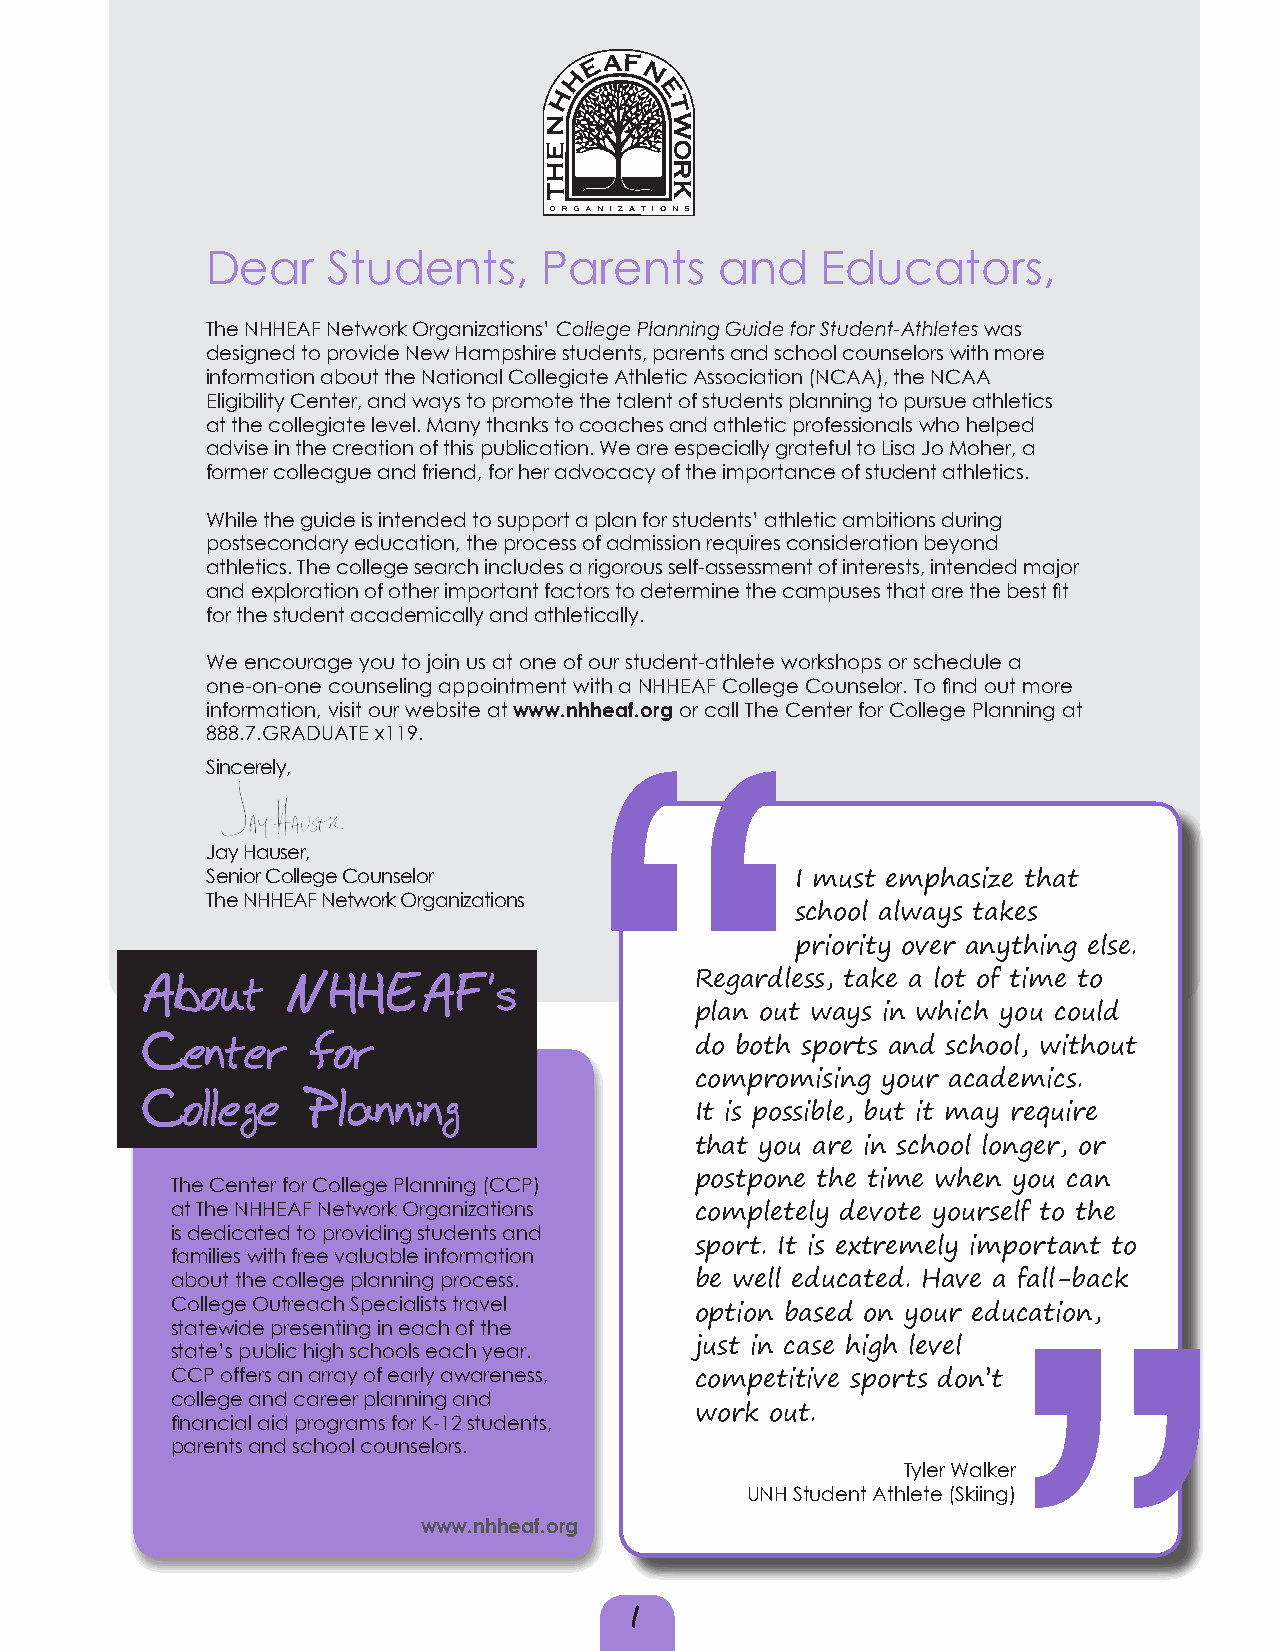
Dear    Students,     Parents    and    Educators,
 The NHHEAF Network Organizations’ College Planning Guide for Student-Athletes was
 designed to provide New Hampshire students, parents and school counselors with more
 information about the National Collegiate Athletic Association (NCAA), the NCAA
 Eligibility Center, and ways to promote the talent of students planning to pursue athletics
 at the collegiate level. Many thanks to coaches and athletic professionals who helped
 advise in the creation of this publication. We are especially grateful to Lisa Jo Moher, a
 former colleague and friend, for her advocacy of the importance of student athletics.
 While the guide is intended to support a plan for students’ athletic ambitions during
 postsecondary education, the process of admission requires consideration beyond
 athletics. The college search includes a rigorous self-assessment of interests, intended major
 and exploration of other important factors to determine the campuses that are the best fit
 for the student academically and athletically.
 We encourage you to join us at one of our student-athlete workshops or schedule a
 one-on-one counseling appointment with a NHHEAF College Counselor. To find out more
 information, visit our website at www.nhheaf.org or call The Center for College Planning at
 888.7.GRADUATE x119.
 Sincerely,
 Jay Hauser,
 Senior College Counselor               I must emphasize that
 The NHHEAF Network Organizations
 school always takes
 priority over anything else.
 About     NHHEAF’s                   Regardless, take a lot of time to
 plan out ways in which you could
 Center      for
 do both sports and school, without
 compromising your academics.
 College    Planning
 It is possible, but it may require
 that you are in school longer, or
 The Center for College Planning (CCP) postpone the time when you can
 at The NHHEAF Network Organizations completely devote yourself to the
 is dedicated to providing students and
 sport. It is extremely important to
 families with free valuable information
 about the college planning process. be well educated. Have a fall-back
 College Outreach Specialists travel
 option based on your education,
 statewide presenting in each of the
 state’s public high schools each year. just in case high level
 CCP offers an array of early awareness,
 competitive sports don’t
 college and career planning and
 work out.
 financial aid programs for K-12 students,
 parents and school counselors.
 Tyler Walker
 UNH Student Athlete (Skiing)
 www.nhheaf.org
 1